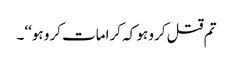
تم قتل کرو ہو کہ کرامات کرو ہو‘‘۔